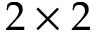
2 \times 2